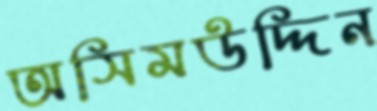
অসিমউদ্দিন